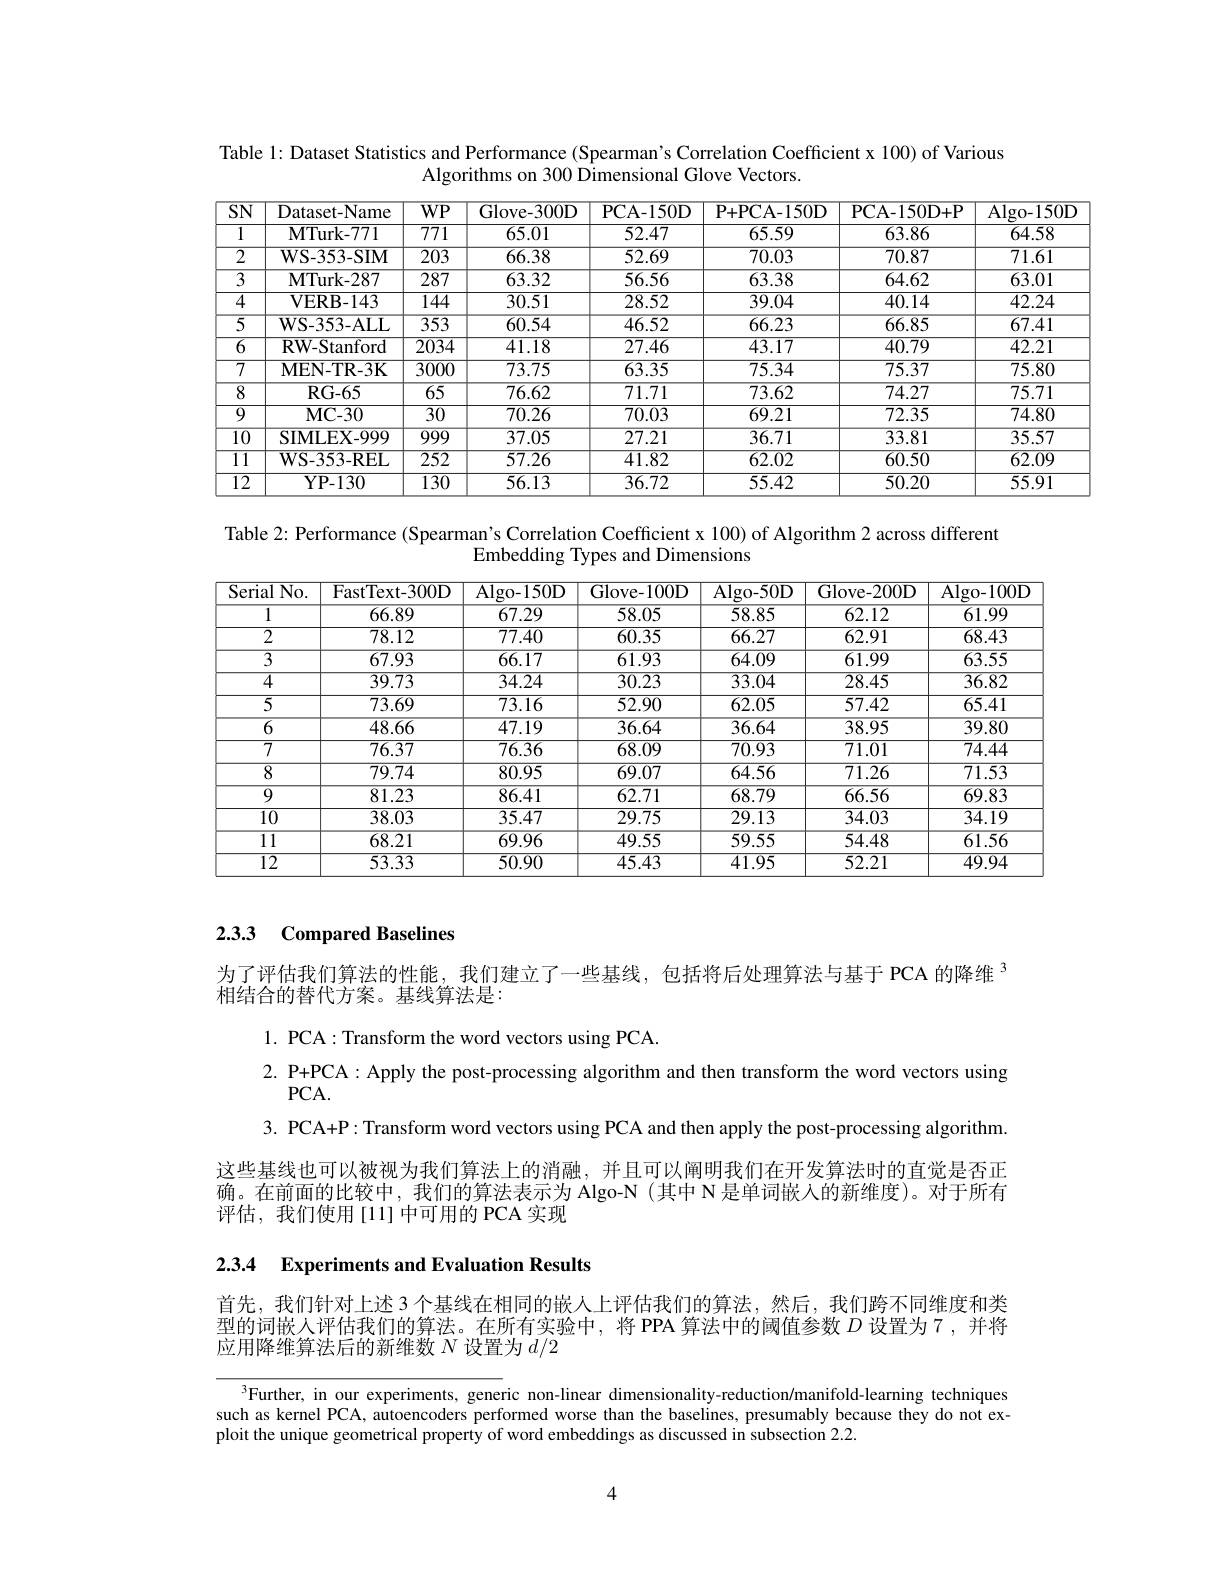
Table 1: Dataset Statistics and Performance (Spearman's Correlation Coefficient x 100) of Various
Algorithms on 300 Dimensional Glove Vectors.

<table>
	<tbody>
		<tr>
			<th>$\overline{SN}$</th>
			<th>Dataset- Name</th>
			<th>$WP$</th>
			<th>Glove- 300D</th>
			<th>PCA- 150D</th>
			<th>P+ PCA- 150D</th>
			<th>PCA- 150D+ P</th>
			<th>$\overline{\mathrm{Algo-150D}}$</th>
		</tr>
		<tr>
			<td>1</td>
			<td>$\mathbf{MTurk-771}$</td>
			<td>$\overline{771}$</td>
			<td>65.01</td>
			<td>52.47</td>
			<td>65.59</td>
			<td>63.86</td>
			<td>64.58</td>
		</tr>
		<tr>
			<td>$\overline{2}$</td>
			<td>$\mathbf{WS-353-SIM}$</td>
			<td>$\overline{203}$</td>
			<td>66.38</td>
			<td>52.69</td>
			<td>70.03</td>
			<td>70.87</td>
			<td>71.61</td>
		</tr>
		<tr>
			<td>$\overline{3}$</td>
			<td>$\mathbf{MTurk-287}$</td>
			<td>$\overline{287}$</td>
			<td>63.32</td>
			<td>56.56</td>
			<td>63.38</td>
			<td>64.62</td>
			<td>63.01</td>
		</tr>
		<tr>
			<td>$\overline{4}$</td>
			<td>VERB- 143</td>
			<td>144</td>
			<td>30.51</td>
			<td>28.52</td>
			<td>39.04</td>
			<td>40.14</td>
			<td>42.24</td>
		</tr>
		<tr>
			<td>$\overline{5}$</td>
			<td>$\mathbf{WS-353-ALL}$</td>
			<td>$\overline{353}$</td>
			<td>60.54</td>
			<td>46.52</td>
			<td>66.23</td>
			<td>66.85</td>
			<td>67.41</td>
		</tr>
		<tr>
			<td>$\overline{6}$</td>
			<td>$\mathbf{RW-Stanford}$</td>
			<td>2034</td>
			<td>41.18</td>
			<td>27.46</td>
			<td>43.17</td>
			<td>40.79</td>
			<td>42.21</td>
		</tr>
		<tr>
			<td>$\overline{7}$</td>
			<td>$\mathbf{MEN-TR-3K}$</td>
			<td>$\overline{3000}$</td>
			<td>73.75</td>
			<td>63.35</td>
			<td>75.34</td>
			<td>75.37</td>
			<td>75.80</td>
		</tr>
		<tr>
			<td>$\overline{8}$</td>
			<td>$\mathbf{RG-65}$</td>
			<td>$\overline{65}$</td>
			<td>76.62</td>
			<td>71.71</td>
			<td>73.62</td>
			<td>74.27</td>
			<td>75.71</td>
		</tr>
		<tr>
			<td>$\overline{9}$</td>
			<td>$\mathbf{MC-30}$</td>
			<td>$\overline{30}$</td>
			<td>70.26</td>
			<td>70.03</td>
			<td>69.21</td>
			<td>72.35</td>
			<td>74.80</td>
		</tr>
		<tr>
			<td>$\overline{10}$</td>
			<td>SIMLEX-999</td>
			<td>$\overline{999}$</td>
			<td>37.05</td>
			<td>27.21</td>
			<td>36.71</td>
			<td>33.81</td>
			<td>35.57</td>
		</tr>
		<tr>
			<td>$\overline{11}$</td>
			<td>$\mathbf{WS-353-REL}$</td>
			<td>252</td>
			<td>57.26</td>
			<td>41.82</td>
			<td>62.02</td>
			<td>60.50</td>
			<td>62.09</td>
		</tr>
		<tr>
			<td>$\overline{12}$</td>
			<td>$\mathbf{YP-130}$</td>
			<td>130</td>
			<td>56.13</td>
			<td>36.72</td>
			<td>55.42</td>
			<td>50.20</td>
			<td>55.91</td>
		</tr>
	</tbody>
</table>

Table 2: Performance (Spearman's Correlation Coefficient x 100) of Algorithm 2 across different
Embedding Types and Dimensions

<table>
	<tbody>
		<tr>
			<th>Serial $No.$ </th>
			<th>FastText-300D</th>
			<th>Algo- 150D</th>
			<th>Glove-100D</th>
			<th>Algo- 50D</th>
			<th>Glove-200D</th>
			<th>Algo- 100D</th>
		</tr>
		<tr>
			<td></td>
			<td>66.89</td>
			<td>$\overline{67.29}$</td>
			<td>58.05</td>
			<td>58.85</td>
			<td>62.12</td>
			<td>61.99</td>
		</tr>
		<tr>
			<td>2</td>
			<td>78.12</td>
			<td>77.40</td>
			<td>60.35</td>
			<td>66.27</td>
			<td>62.91</td>
			<td>68.43</td>
		</tr>
		<tr>
			<td>$\overline{3}$</td>
			<td>67.93</td>
			<td>66.17</td>
			<td>61.93</td>
			<td>$\overline{64.09}$</td>
			<td>61.99</td>
			<td>63.55</td>
		</tr>
		<tr>
			<td>$\overline{4}$</td>
			<td>39.73</td>
			<td>34.24</td>
			<td>30.23</td>
			<td>33.04</td>
			<td>28.45</td>
			<td>36.82</td>
		</tr>
		<tr>
			<td>$\overline{5}$</td>
			<td>73.69</td>
			<td>73.16</td>
			<td>52.90</td>
			<td>62.05</td>
			<td>57.42</td>
			<td>65.41</td>
		</tr>
		<tr>
			<td>$\overline{6}$</td>
			<td>48.66</td>
			<td>$\overline{47.19}$</td>
			<td>36.64</td>
			<td>36.64</td>
			<td>38.95</td>
			<td>39.80</td>
		</tr>
		<tr>
			<td>$\overline{7}$</td>
			<td>76.37</td>
			<td>76.36</td>
			<td>68.09</td>
			<td>70.93</td>
			<td>71.01</td>
			<td>74.44</td>
		</tr>
		<tr>
			<td>8</td>
			<td>79.74</td>
			<td>80.95</td>
			<td>69.07</td>
			<td>64.56</td>
			<td>71.26</td>
			<td>71.53</td>
		</tr>
		<tr>
			<td>$\overline{9}$</td>
			<td>81.23</td>
			<td>86.41</td>
			<td>62.71</td>
			<td>68.79</td>
			<td>66.56</td>
			<td>69.83</td>
		</tr>
		<tr>
			<td>10</td>
			<td>38.03</td>
			<td>35.47</td>
			<td>29.75</td>
			<td>29.13</td>
			<td>34.03</td>
			<td>34.19</td>
		</tr>
		<tr>
			<td>11</td>
			<td>68.21</td>
			<td>$\overline{69.96}$</td>
			<td>49.55</td>
			<td>59.55</td>
			<td>54.48</td>
			<td>$\overline{61.56}$</td>
		</tr>
		<tr>
			<td>$\overline{12}$</td>
			<td>53.33</td>
			<td>50.90</td>
			<td>45.43</td>
			<td>41.95</td>
			<td>52.21</td>
			<td>49.94</td>
		</tr>
	</tbody>
</table>

### 2.3.3 Compared Baselines

为了评估我们算法的性能，我们建立了一些基线，包括将后处理算法与基于 PCA 的降维
相结合的替代方案。基线算法是：
1. PCA: Transform the word vectors using PCA
2. P+PCA: Apply the post-processing algorithm and then transform the word vectors using
$PCA.$
3. PCA+P: Transform word vectors using PCA and then apply the post-processing algorithm. 这些基线也可以被视为我们算法上的消融，并且可以阐明我们在开发算法时的直觉是否正确。在前面的比较中，我们的算法表示为 Algo-N (其中 N 是单词嵌人的新维度)。对于所有评估，我们使用[11]中可用的 PCA 实现

2.3.4 Experiments and Evaluation Results

首先，我们针对上述 3 个基线在相同的嵌人上评估我们的算法，然后，我们跨不同维度和类型的词嵌人评估我们的算法。在所有实验中，将 PPA 算法中的阈值参数$D$设置为 7,并将应用降维算法后的新维数$N$设置为$d/2$

$^{3}$Further, in our experiments, generic non-linear dimensionality-reduction/manifold-learning techniques such as kernel PCA, autoencoders performed worse than the baselines, presumably because they do not exploit the unique geometrical property of word embeddings as discussed in subsection 2.2.

4